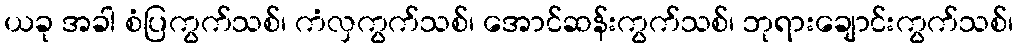
ယခု အခါ စံပြကွက်သစ်၊ ကံလှကွက်သစ်၊ အောင်ဆန်းကွက်သစ်၊ ဘုရားချောင်းကွက်သစ်၊